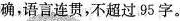
确，语言连贯，不超过95字。